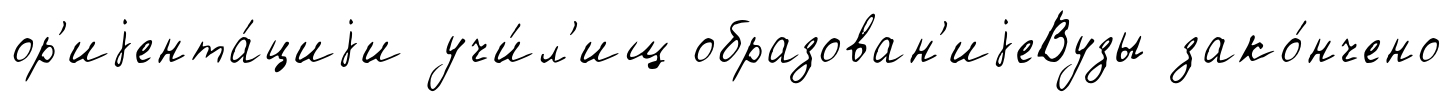
ор'иjента́циjи учи́л'ищ образован'иjеВузы зако́нчено